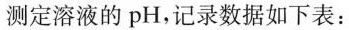
测定溶液的pH，记录数据如下表：